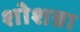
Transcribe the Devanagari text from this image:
शोशन्ना